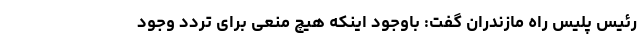
رئیس پلیس راه مازندران گفت: باوجود اینکه هیچ منعی برای تردد وجود